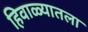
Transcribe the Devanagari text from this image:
हिवाळ्यातला